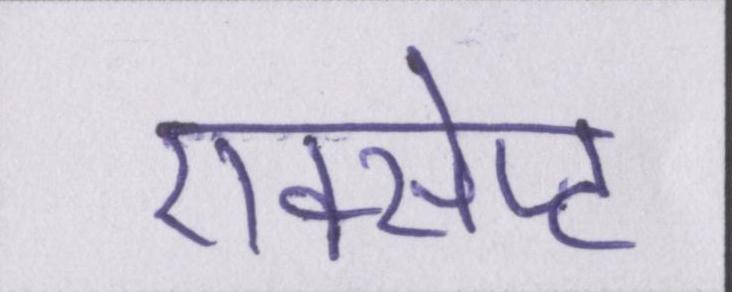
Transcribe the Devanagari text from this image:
एक्सेप्ट